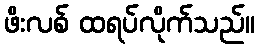
ဖိးလစ် ထရပ်လိုက်သည်။